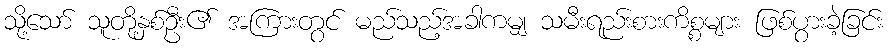
သို့သော် သူတို့နှစ်ဦး၏ အကြားတွင် မည်သည့်အခါကမျှ သမီးရည်းစားကိစ္စများ ဖြစ်ပွားခဲ့ခြင်း